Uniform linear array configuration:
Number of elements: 16
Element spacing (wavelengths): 0.25
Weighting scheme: cosine
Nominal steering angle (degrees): -60
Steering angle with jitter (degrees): -61.649
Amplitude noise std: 0.05
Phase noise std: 0.05

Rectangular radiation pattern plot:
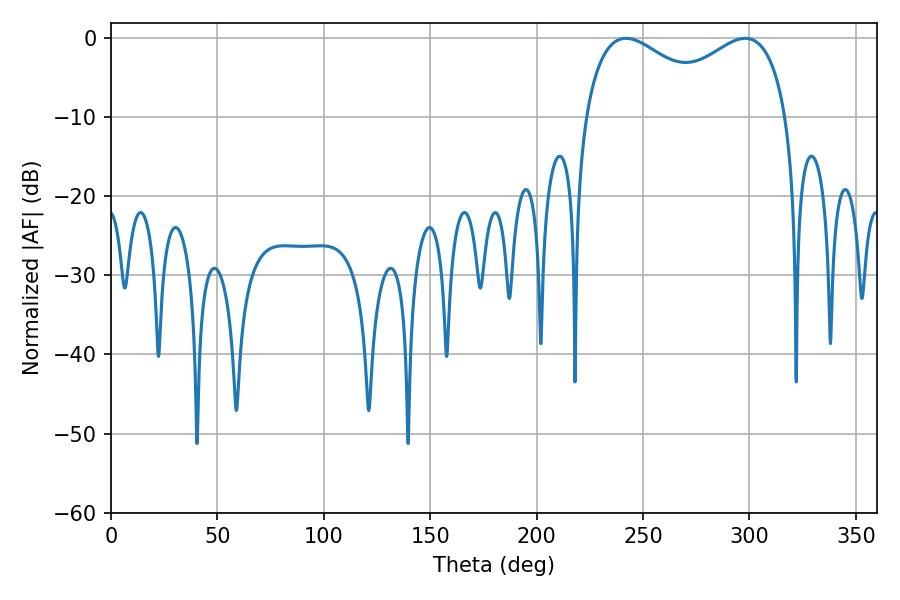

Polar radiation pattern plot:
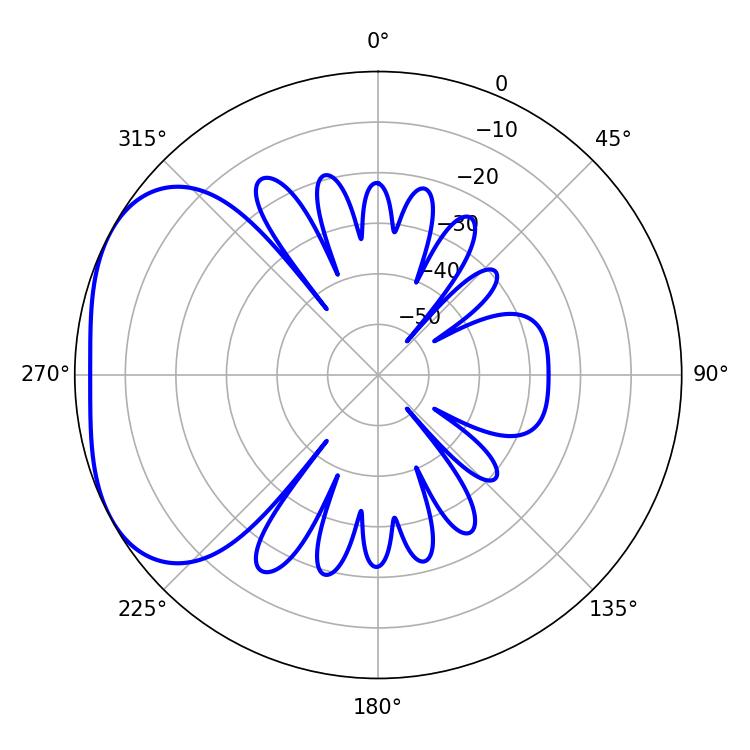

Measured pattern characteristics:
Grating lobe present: FALSE
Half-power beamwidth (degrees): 37.44
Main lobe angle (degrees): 241.92